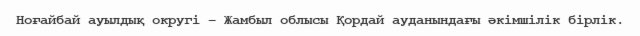
Ноғайбай ауылдық округі – Жамбыл облысы Қордай ауданындағы әкімшілік бірлік.